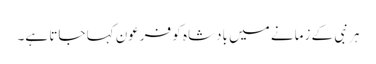
ہر نبی کے زمانے میں بادشاہ کو فرعون کہا جاتا ہے۔